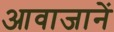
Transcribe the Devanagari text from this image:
आवाजानें